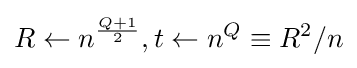
R\leftarrow n^{\frac {Q+1}{2}},t\leftarrow n^{Q}\equiv R^{2}/n